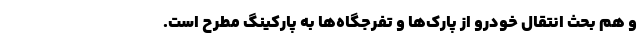
و هم بحث انتقال خودرو از پارک‌ها و تفرجگاه‌ها به پارکینگ مطرح است.